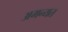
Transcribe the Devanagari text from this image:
अमन्यत